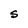
Character: S